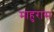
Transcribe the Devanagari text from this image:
माहुरास